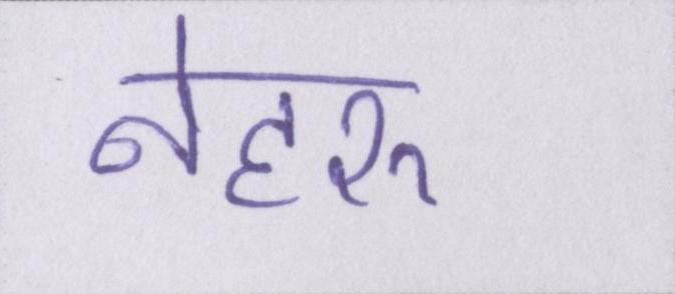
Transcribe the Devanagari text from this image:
नेहरू